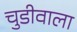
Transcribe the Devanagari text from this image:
चुडीवाला